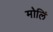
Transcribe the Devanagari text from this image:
मोलिं